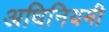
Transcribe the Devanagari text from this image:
अधिनियमी